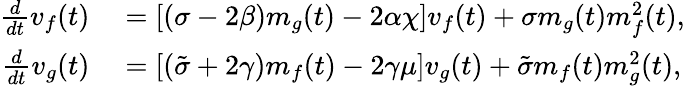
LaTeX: \begin{array}{rl}{\frac{d}{dt}v_{f}(t)}&{{}=[(\sigma-2\beta)m_{g}(t)-2\alpha\chi]v_{f}(t)+\sigma m_{g}(t)m_{f}^{2}(t),}\\ {\frac{d}{dt}v_{g}(t)}&{{}=[(\tilde{\sigma}+2\gamma)m_{f}(t)-2\gamma\mu]v_{g}(t)+\tilde{\sigma}m_{f}(t)m_{g}^{2}(t),}\end{array}